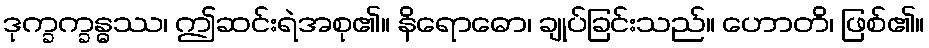
ဒုက္ခက္ခန္ဓဿ၊ ဤဆင်းရဲအစု၏။ နိရောဓော၊ ချုပ်ခြင်းသည်။ ဟောတိ၊ ဖြစ်၏။